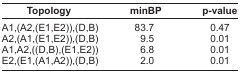
<table><thead><tr><td><b>Topology</b></td><td><b>minBP</b></td><td><b>p-value</b></td></tr></thead><tbody><tr><td>A1,(A2,(E1,E2)),(D,B)</td><td>83.7</td><td>0.47</td></tr><tr><td>A2,(A1,(E1,E2)),(D,B)</td><td>9.5</td><td>0.01</td></tr><tr><td>A1,A2,((D,B),(E1,E2))</td><td>6.8</td><td>0.01</td></tr><tr><td>E2,(E1,(A1,A2)),(D,B)</td><td>2.0</td><td>0.01</td></tr></tbody></table>